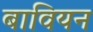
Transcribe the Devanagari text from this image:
बावियन